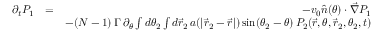
\begin{array} { r l r } { \partial _ { t } P _ { 1 } } & { = } & { - v _ { 0 } \hat { n } ( \theta ) \cdot \vec { \nabla } P _ { 1 } } \\ & { } & { - ( N - 1 ) \, \Gamma \, \partial _ { \theta } \int d \theta _ { 2 } \int d \vec { r } _ { 2 } \, a ( | \vec { r } _ { 2 } - \vec { r } | ) \, \mathrm { s i n } ( \theta _ { 2 } - \theta ) \, P _ { 2 } ( \vec { r } , \theta , \vec { r } _ { 2 } , \theta _ { 2 } , t ) } \end{array}